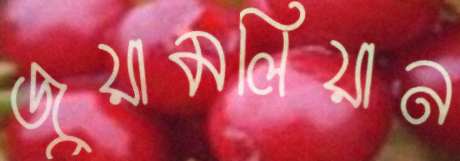
জুয়ামলিয়ান